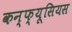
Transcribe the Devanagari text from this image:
कन्फ्यूसियस